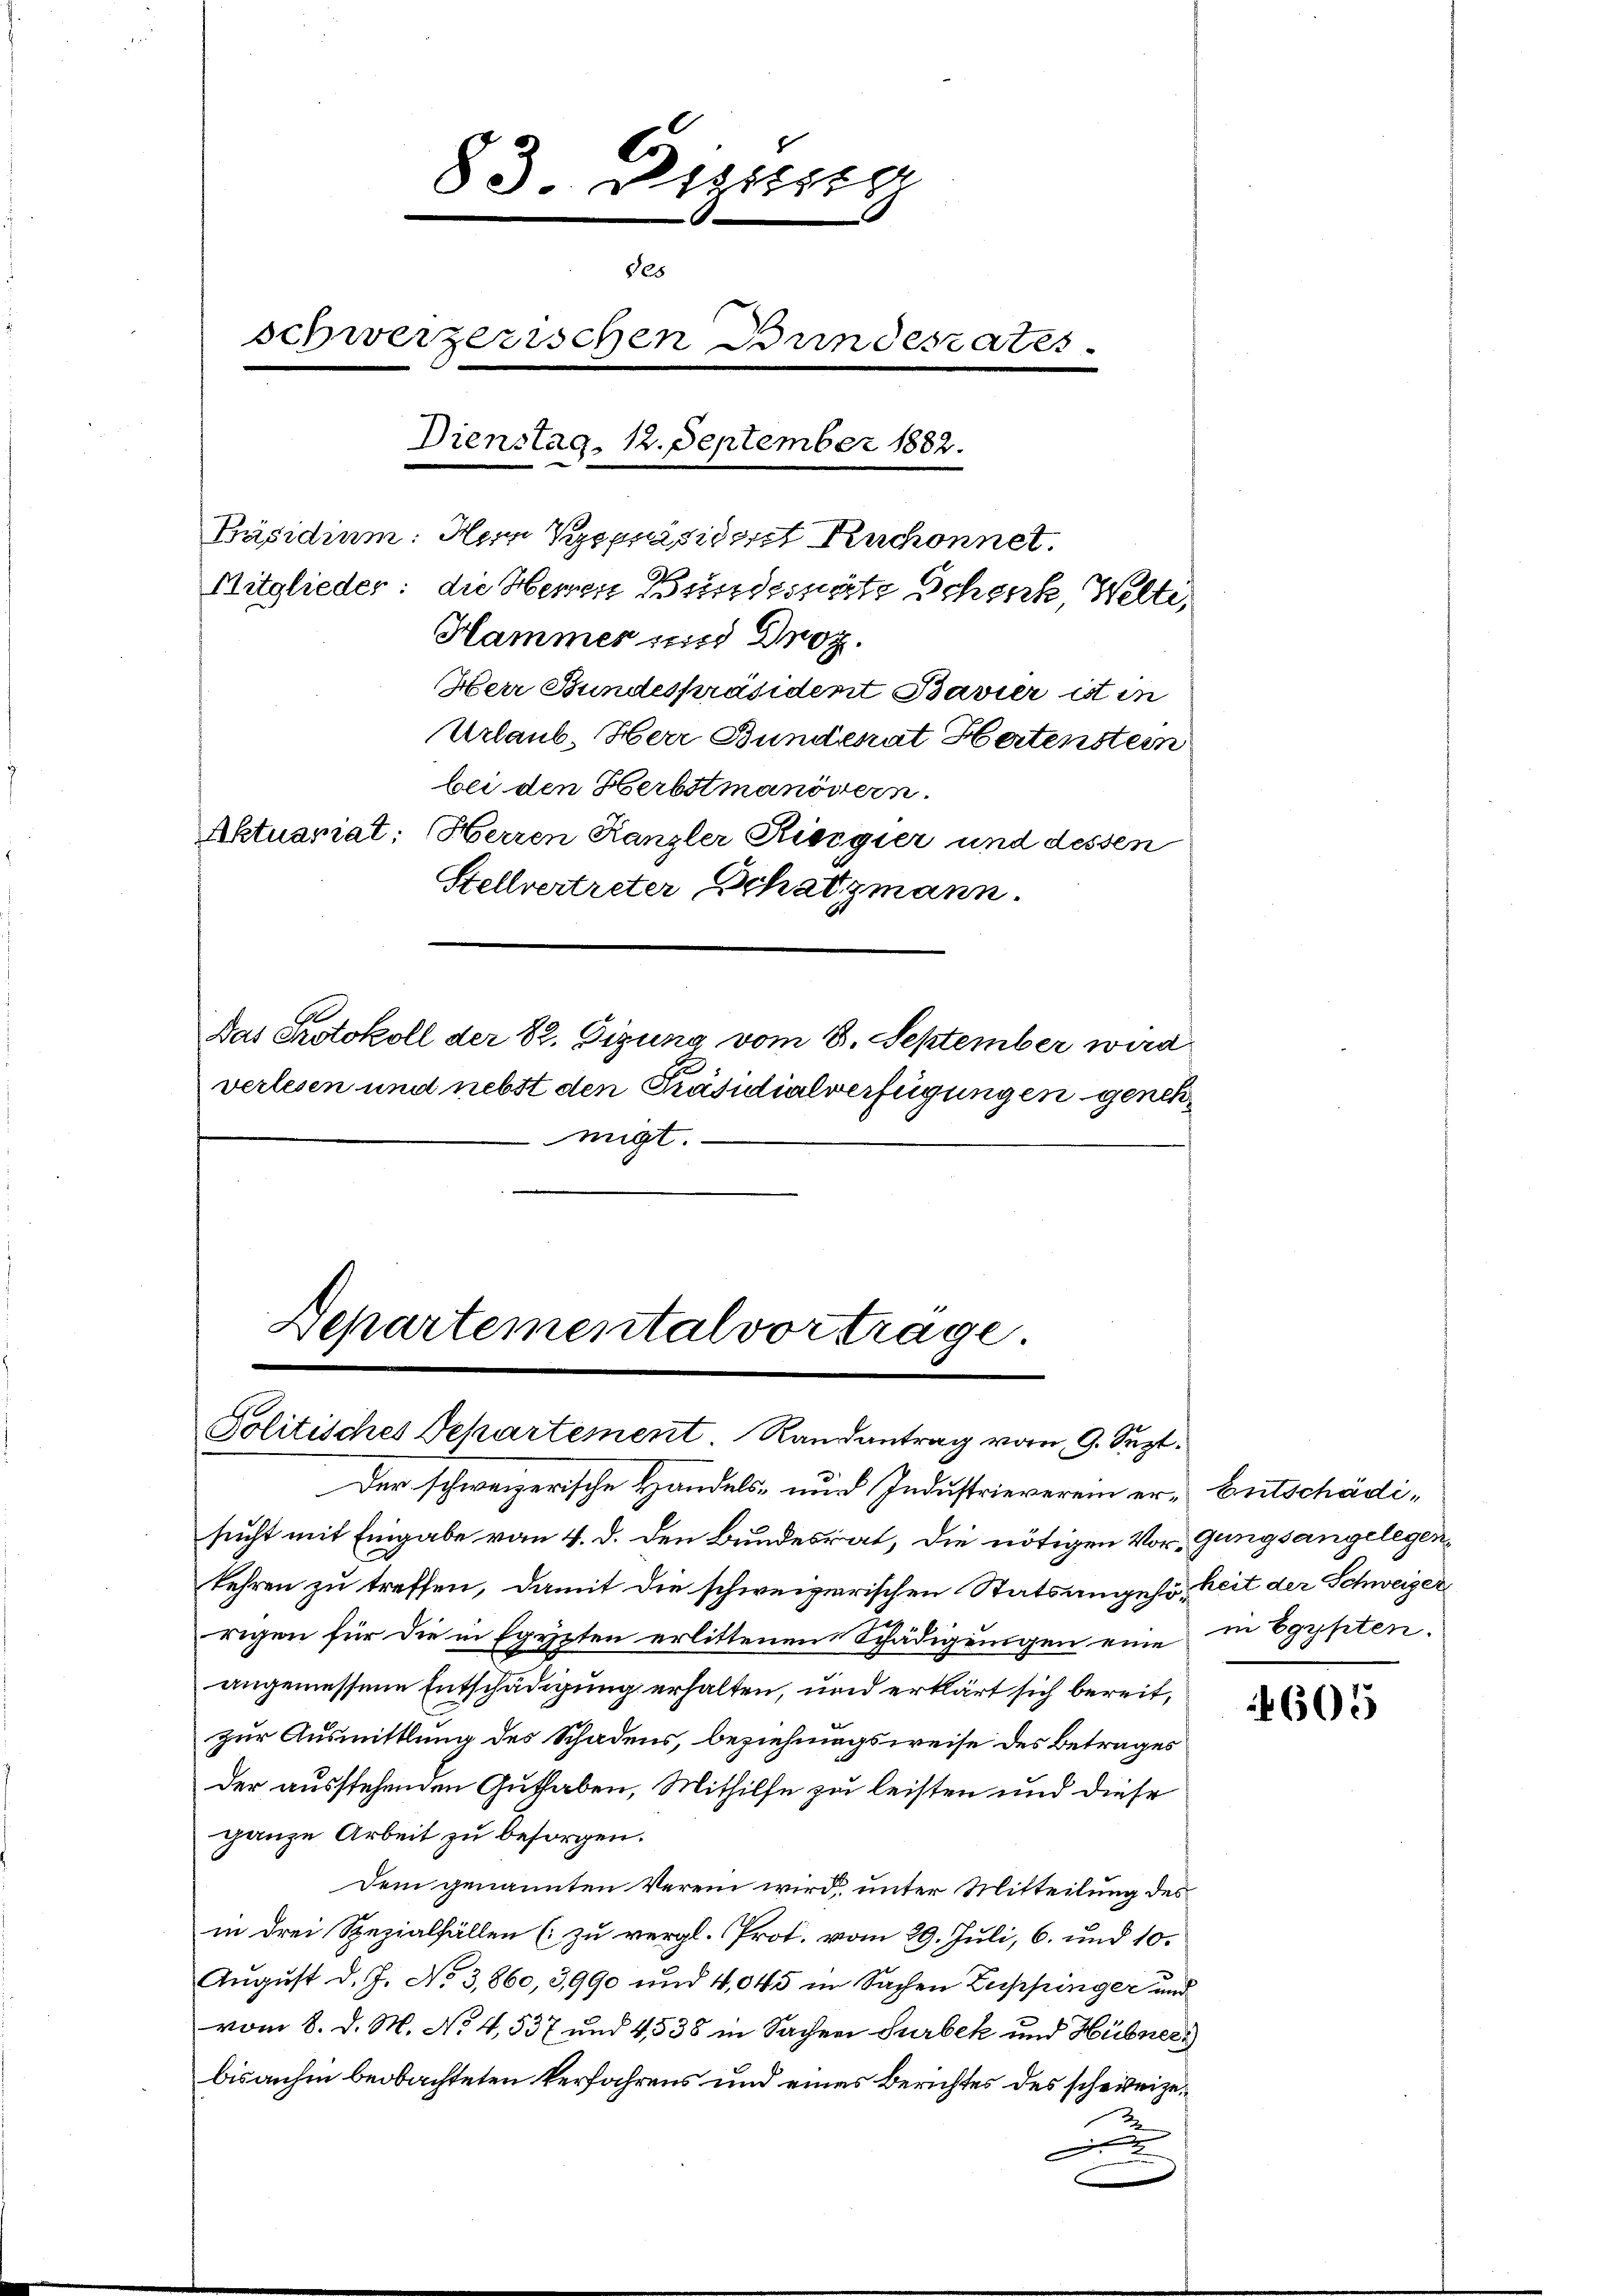
83. Dezitstr
85
schweizerischen Bundesrates
Dienstag, 12. September 1882.
Päsidium. Herr Bespräsidert Ruchonnet.
Mitglieder: die Herren Bundesrate Schenk, Welti
Hammes sus Droz.

Herr Stundespräsident Bavier ist in
Urlaub. Herr Bundenat Hertenstein
bei den Herbstmanövern
Aktuariat: Herren Kanzler Riegier und dessen
Stellvertreter Schatzmann.
Das Protokoll der 82. Eizung vom 8. September wird
verlesen und nebst den Präsidialverfügungen genehmigt.

Departemental vortrage

Politisches Departement Randantrag vom 9. Sept.
Der schweizerische Handels- und Industrieverein er-Entschädisucht mit Eingabe vom 4. d. den Bundesrat, die nötigen Vor-Gungsangelegenkehren zu treffen, damit die schweizerischen Statsangehörkeit der Schweizer
rigen für die in Egypten erlittenen Schädigungen eine in Egypten.
angemessene Entschädigung erhalten, und erklärt sich bereit,
zur Ausmittlung des Schadens, beziehungsweise des Betrages
der ausstehenden Guthaben, Mithilfe zu leisten und diese
ganze Arbeit zu besorgen.
Dem genannten Verein wird, unter Mitteilung des
in drei Spezialfällen (zu vergl. Prot. vom 29. Juli, 6. und 10.
August d. J. No 3,860, 3990 und 4,045 in Sachen Zuppinger und
vom 8. d. M. No 4,537 und 4538 in Sachen Surbek und Hübner
bisanhin beobachteten Verfahrens und eines Berichtes des schweizex

605